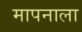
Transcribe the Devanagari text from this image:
मापनाला